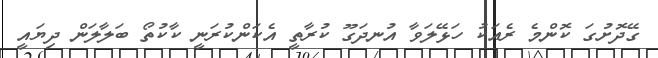
ގޭދޮށުގަ ކޮންމެ ރެއަކު ހަޅޭލަވާ އުނދަގޫ ކުރާތީ އެކަންކުރަނީ ކާކުތޯ ބަލާލަން ދިޔައީ